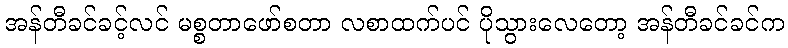
အန်တီခင်ခင့်လင် မစ္စတာဖော်စတာ လစာထက်ပင် ပိုသွားလေတော့ အန်တီခင်ခင်က